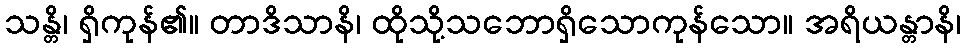
သန္တိ၊ ရှိကုန်၏။ တာဒိသာနိ၊ ထိုသို့သဘောရှိသောကုန်သော။ အရိယန္တာနိ၊